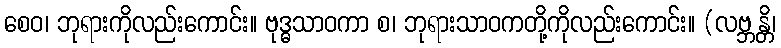
စေဝ၊ ဘုရားကိုလည်းကောင်း။ ဗုဒ္ဓသာဝကာ စ၊ ဘုရားသာဝကတို့ကိုလည်းကောင်း။ (လဗ္ဘန္တိ၊